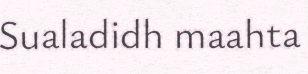
Sualadidh maahta